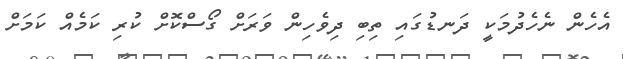
އެހެން ނެހެދުމަކީ ދަނޑުގައި ތިބި ދިވެހިން ވަރަށް ގޯސްކޮށް ކުރި ކަމެއް ކަމަށް